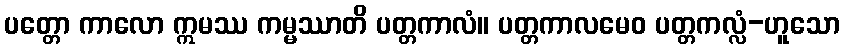
ပတ္တော ကာလော ဣမဿ ကမ္မဿာတိ ပတ္တကာလံ။ ပတ္တကာလမေဝ ပတ္တကလ္လံ-ဟူသော